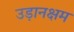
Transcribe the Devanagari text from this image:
उड़ानक्षम